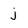
Character: j